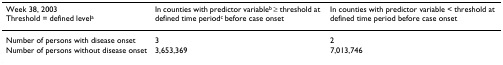
<table><thead><tr><td><b>Week 38, 2003Threshold = defined level<sup>a</sup></b></td><td><b>In counties with predictor variable<sup>b </sup>≥ threshold at defined time period<sup>c </sup>before case onset</b></td><td><b>In counties with predictor variable &lt; threshold at defined time period before case onset</b></td></tr></thead><tbody><tr><td>Number of persons with disease onset</td><td>3</td><td>2</td></tr><tr><td>Number of persons without disease onset</td><td>3,653,369</td><td>7,013,746</td></tr></tbody></table>